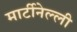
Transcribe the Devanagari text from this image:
मार्टीनेल्ली